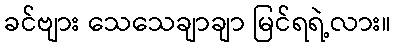
ခင်ဗျား သေသေချာချာ မြင်ရရဲ့လား။